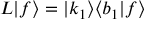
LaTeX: L | f \rangle = | k _ { 1 } \rangle \langle b _ { 1 } | f \rangle